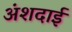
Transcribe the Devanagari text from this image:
अंशदाई